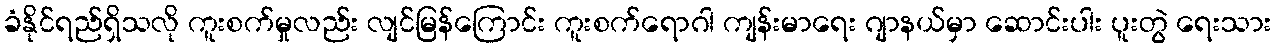
ခံနိုင်ရည်ရှိသလို ကူးစက်မှုလည်း လျင်မြန်ကြောင်း ကူးစက်ရောဂါ ကျန်းမာရေး ဂျာနယ်မှာ ဆောင်းပါး ပူးတွဲ ရေးသား